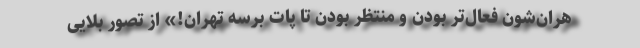
هران‌شون فعال‌تر بودن و منتظر بودن تا پات برسه تهران!» از تصور بلایی